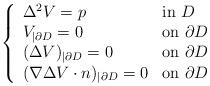
LaTeX: \begin{align*}\left\{\begin{array}{ll}\Delta^2 V = p&\hbox{\rm in} \ D\\ V_{|\partial D} = 0 &\hbox{\rm on} \ \partial D \\(\Delta V)_{|\partial D} = 0 &\hbox{\rm on} \ \partial D \\(\nabla \Delta V \cdot n)_{|\partial D} = 0 &\hbox{\rm on} \ \partial D\end{array}\right.\end{align*}